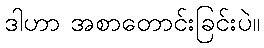
ဒါဟာ အစာတောင်းခြင်းပဲ။